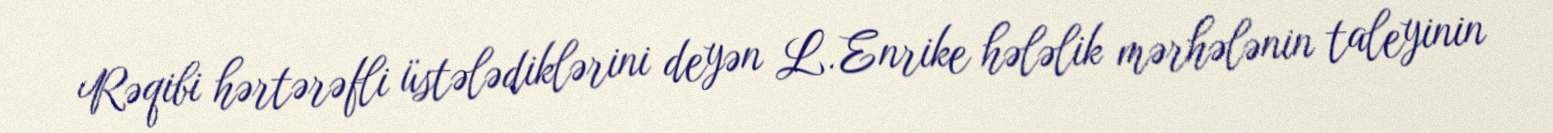
Rəqibi hərtərəfli üstələdiklərini deyən L. Enrike hələlik mərhələnin taleyinin